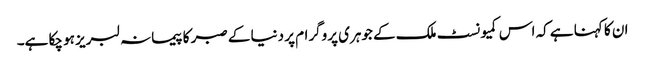
ان کا کہنا ہے کہ اس کمیونسٹ ملک کے جوہری پروگرام پر دنیا کے صبر کا پیمانہ لبریز ہو چکا ہے۔